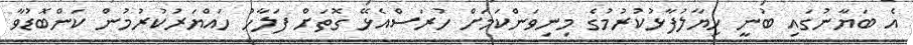
އެ ބަޔާނުގައި ބުނީ ހިޔާލުފާޅުކުރުމުގެ މިނިވަންކަމަށް ހުރަސްއެޅޭ ގޮތަށް ފަލާހު ހައްޔަރުކުރުމުން ކަންބޮޑުވާ